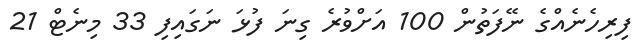
ފިރިހެނެއްގެ ނޭފަތުން 100 އަށްވުރެ ގިނަ ފުޅަ ނަގައިފި 33 މިނެޓް 21